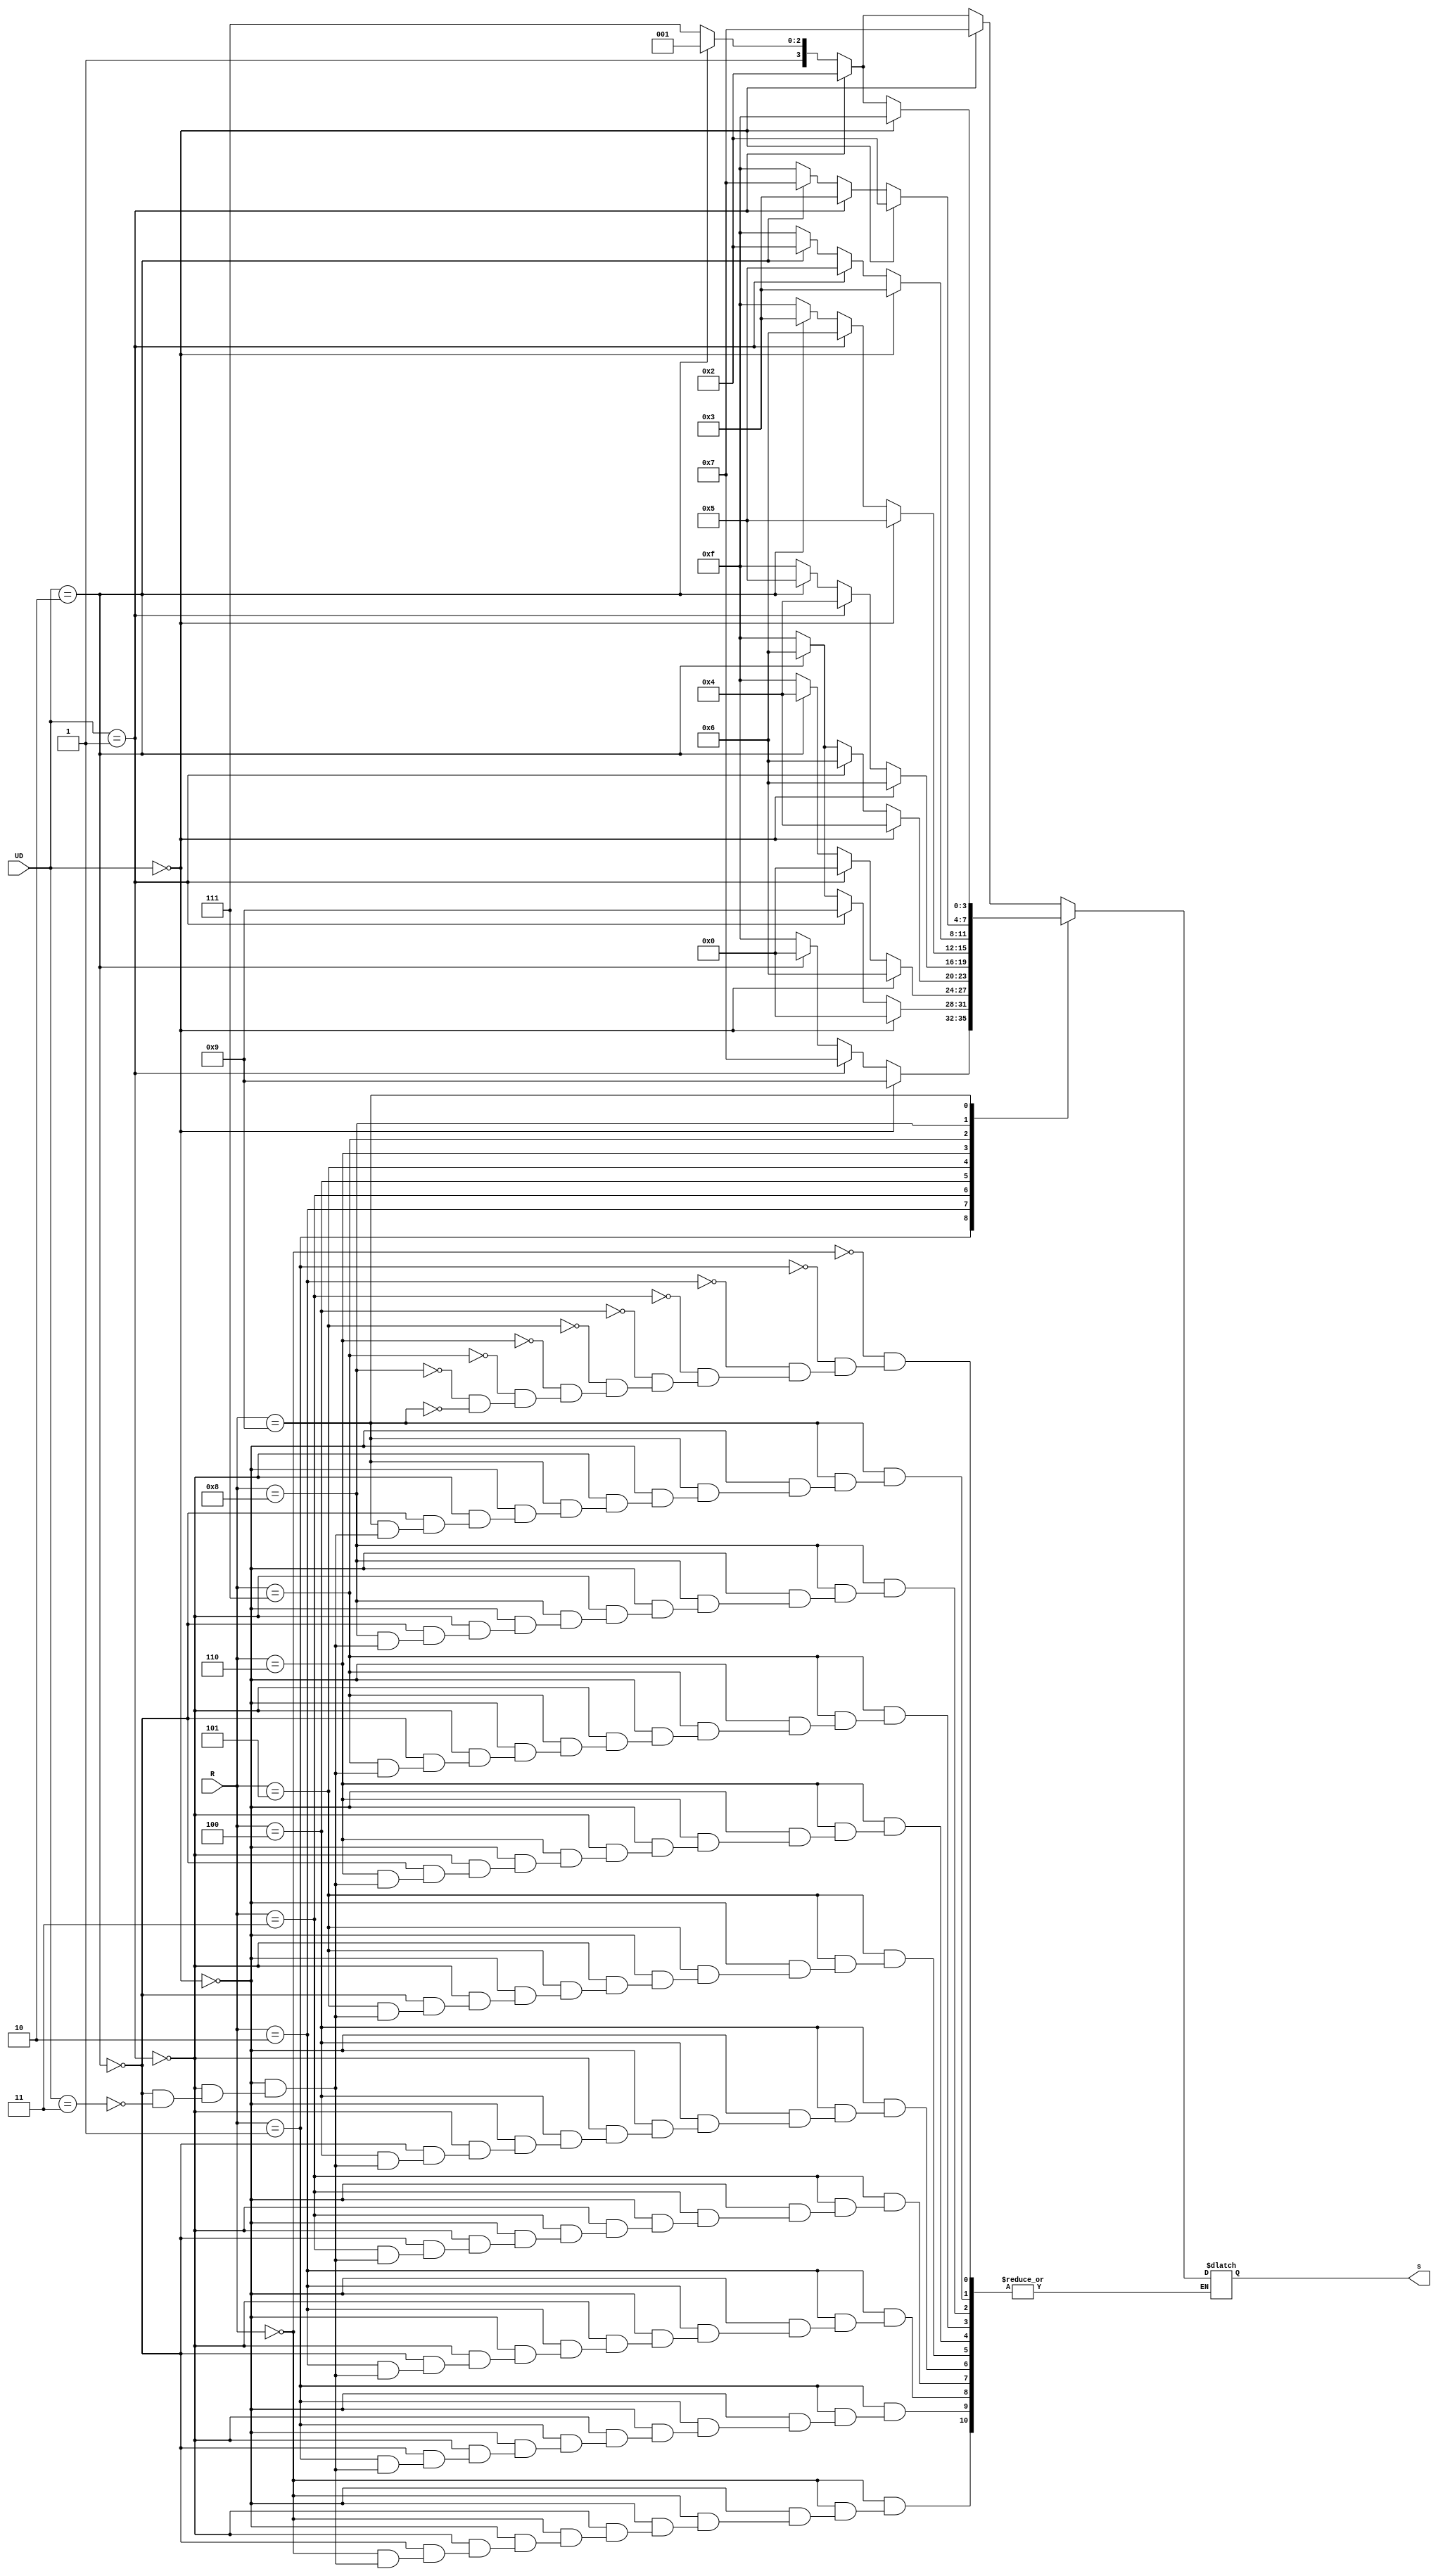
module saida(R, UD, s);
	input [1:0] UD;
	input [3:0] R;
	output reg [3:0] s;
	
	parameter A = 4'b0111,B = 4'b1001,C = 4'b0000,D = 4'b0110,E = 4'b0100,
	F = 4'b0110,G = 4'b0101,H = 4'b0011,I = 4'b0010,Z = 4'b1111;
	
	always @(R)
		case(R)
		4'b0000:
			if(UD == 2'b00)
				s = A;
			else if(UD == 2'b01)
				s = I;
			else if(UD == 2'b10)
				s = B;
			else if(UD == 2'b11)
				s = Z;
		4'b0001:
			if(UD == 2'b00)
				s = B;
			else if(UD == 2'b01)
				s = A;
			else if(UD == 2'b10)
				s = C;
			else if(UD == 2'b11)
				s = Z;
		4'b0010:
			if(UD == 2'b00)
				s = C;
			else if(UD == 2'b01)
				s = B;
			else if(UD == 2'b10)
				s = D;
			else if(UD == 2'b11)
				s = Z;
		4'b0011:
			if(UD == 2'b00)
				s = D;
			else if(UD == 2'b01)
				s = C;
			else if(UD == 2'b10)
				s = E;
			else if(UD == 2'b11)
				s = Z;	
		4'b0100:
			if(UD == 2'b00)
				s = E;
			else if(UD == 2'b01)
				s = D;
			else if(UD == 2'b10)
				s = F;
			else if(UD == 2'b11)
				s = Z;
		4'b0101:
			if(UD == 2'b00)
				s = F;
			else if(UD == 2'b01)
				s = E;
			else if(UD == 2'b10)
				s = G;
			else if(UD == 2'b11)
				s = Z;
		4'b0110:
			if(UD == 2'b00)
				s = G;
			else if(UD == 2'b01)
				s = F;
			else if(UD == 2'b10)
				s = H;
			else if(UD == 2'b11)
				s = Z;
		4'b0111:
			if(UD == 2'b00)
				s = H;
			else if(UD == 2'b01)
				s = G;
			else if(UD == 2'b10)
				s = I;
			else if(UD == 2'b11)
				s = Z;
		4'b1000:
			if(UD == 2'b00)
				s = I;
			else if(UD == 2'b01)
				s = H;
			else if(UD == 2'b10)
				s = A;
			else if(UD == 2'b11)
				s = Z;
		4'b1001:
			if(UD == 2'b00)
				s = Z;
			else if(UD == 2'b01)
				s = I;
			else if(UD == 2'b10)
				s = B;
			else if(UD == 2'b11)
				s = Z;			
		endcase
endmodule